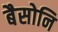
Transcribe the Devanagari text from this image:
बैसोनि